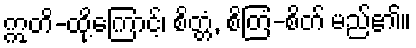
ဣတိ-ထို့ကြောင့်၊ စိတ္တံ, စိတြံ-စိတ် မည်၏။